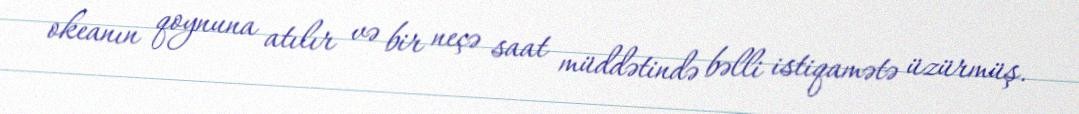
okeanın qoynuna atılır və bir neçə saat müddətində bəlli istiqamətə üzürmüş.